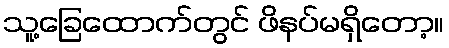
သူ့ခြေထောက်တွင် ဖိနပ်မရှိတော့။